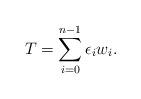
LaTeX: \begin{align*} T = \sum_{i=0}^{n-1} \epsilon_i w_i.\end{align*}